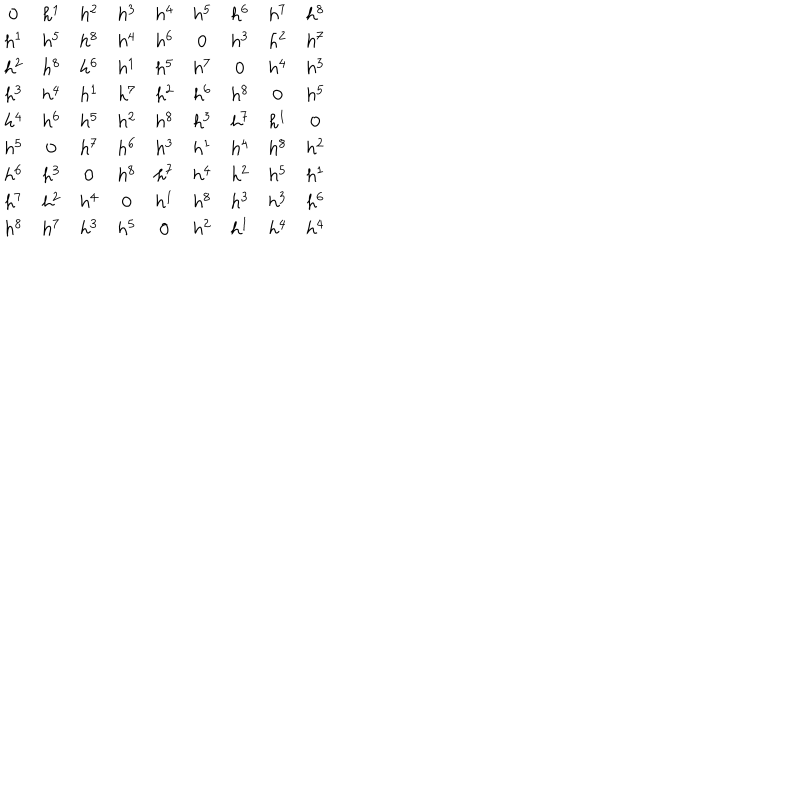
\begin{array} { c c c c c c c c c } { { 0 } } & { { h ^ { 1 } } } & { { h ^ { 2 } } } & { { h ^ { 3 } } } & { { h ^ { 4 } } } & { { h ^ { 5 } } } & { { h ^ { 6 } } } & { { h ^ { 7 } } } & { { h ^ { 8 } } } \\ { { h ^ { 1 } } } & { { h ^ { 5 } } } & { { h ^ { 8 } } } & { { h ^ { 4 } } } & { { h ^ { 6 } } } & { { 0 } } & { { h ^ { 3 } } } & { { h ^ { 2 } } } & { { h ^ { 7 } } } \\ { { h ^ { 2 } } } & { { h ^ { 8 } } } & { { h ^ { 6 } } } & { { h ^ { 1 } } } & { { h ^ { 5 } } } & { { h ^ { 7 } } } & { { 0 } } & { { h ^ { 4 } } } & { { h ^ { 3 } } } \\ { { h ^ { 3 } } } & { { h ^ { 4 } } } & { { h ^ { 1 } } } & { { h ^ { 7 } } } & { { h ^ { 2 } } } & { { h ^ { 6 } } } & { { h ^ { 8 } } } & { { 0 } } & { { h ^ { 5 } } } \\ { { h ^ { 4 } } } & { { h ^ { 6 } } } & { { h ^ { 5 } } } & { { h ^ { 2 } } } & { { h ^ { 8 } } } & { { h ^ { 3 } } } & { { h ^ { 7 } } } & { { h ^ { 1 } } } & { { 0 } } \\ { { h ^ { 5 } } } & { { 0 } } & { { h ^ { 7 } } } & { { h ^ { 6 } } } & { { h ^ { 3 } } } & { { h ^ { 1 } } } & { { h ^ { 4 } } } & { { h ^ { 8 } } } & { { h ^ { 2 } } } \\ { { h ^ { 6 } } } & { { h ^ { 3 } } } & { { 0 } } & { { h ^ { 8 } } } & { { h ^ { 7 } } } & { { h ^ { 4 } } } & { { h ^ { 2 } } } & { { h ^ { 5 } } } & { { h ^ { 1 } } } \\ { { h ^ { 7 } } } & { { h ^ { 2 } } } & { { h ^ { 4 } } } & { { 0 } } & { { h ^ { 1 } } } & { { h ^ { 8 } } } & { { h ^ { 3 } } } & { { h ^ { 3 } } } & { { h ^ { 6 } } } \\ { { h ^ { 8 } } } & { { h ^ { 7 } } } & { { h ^ { 3 } } } & { { h ^ { 5 } } } & { { 0 } } & { { h ^ { 2 } } } & { { h ^ { 1 } } } & { { h ^ { 4 } } } & { { h ^ { 4 } } } \\ \end{array}